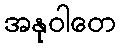
အနုဝါတေ